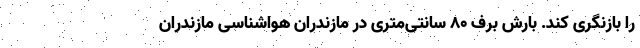
را بازنگری کند. بارش برف 80 سانتی‌متری در مازندران هواشناسی مازندران